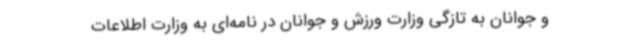
و جوانان به تازگی وزارت ورزش و جوانان در نامه‌ای به وزارت اطلاعات